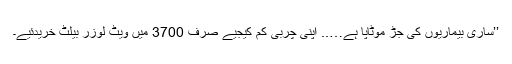
’’ساری بیماریوں کی جڑ موٹاپا ہے….. اپنی چربی کم کیجیے صرف 3700 میں ویٹ لوزر بیلٹ خریدئیے۔